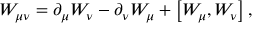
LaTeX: W _ { \mu \nu } = \partial _ { \mu } W _ { \nu } - \partial _ { \nu } W _ { \mu } + \left[ W _ { \mu } , W _ { \nu } \right] ,